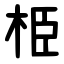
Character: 栕